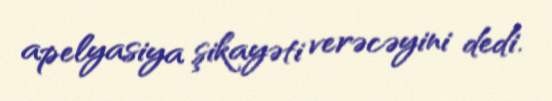
apelyasiya şikayəti verəcəyini dedi.